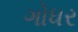
ગોધર